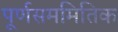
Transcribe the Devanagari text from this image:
पूर्णसममितिक